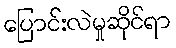
ပြောင်းလဲမှုဆိုင်ရာ